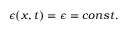
\epsilon ( x , t ) = \epsilon = c o n s t .